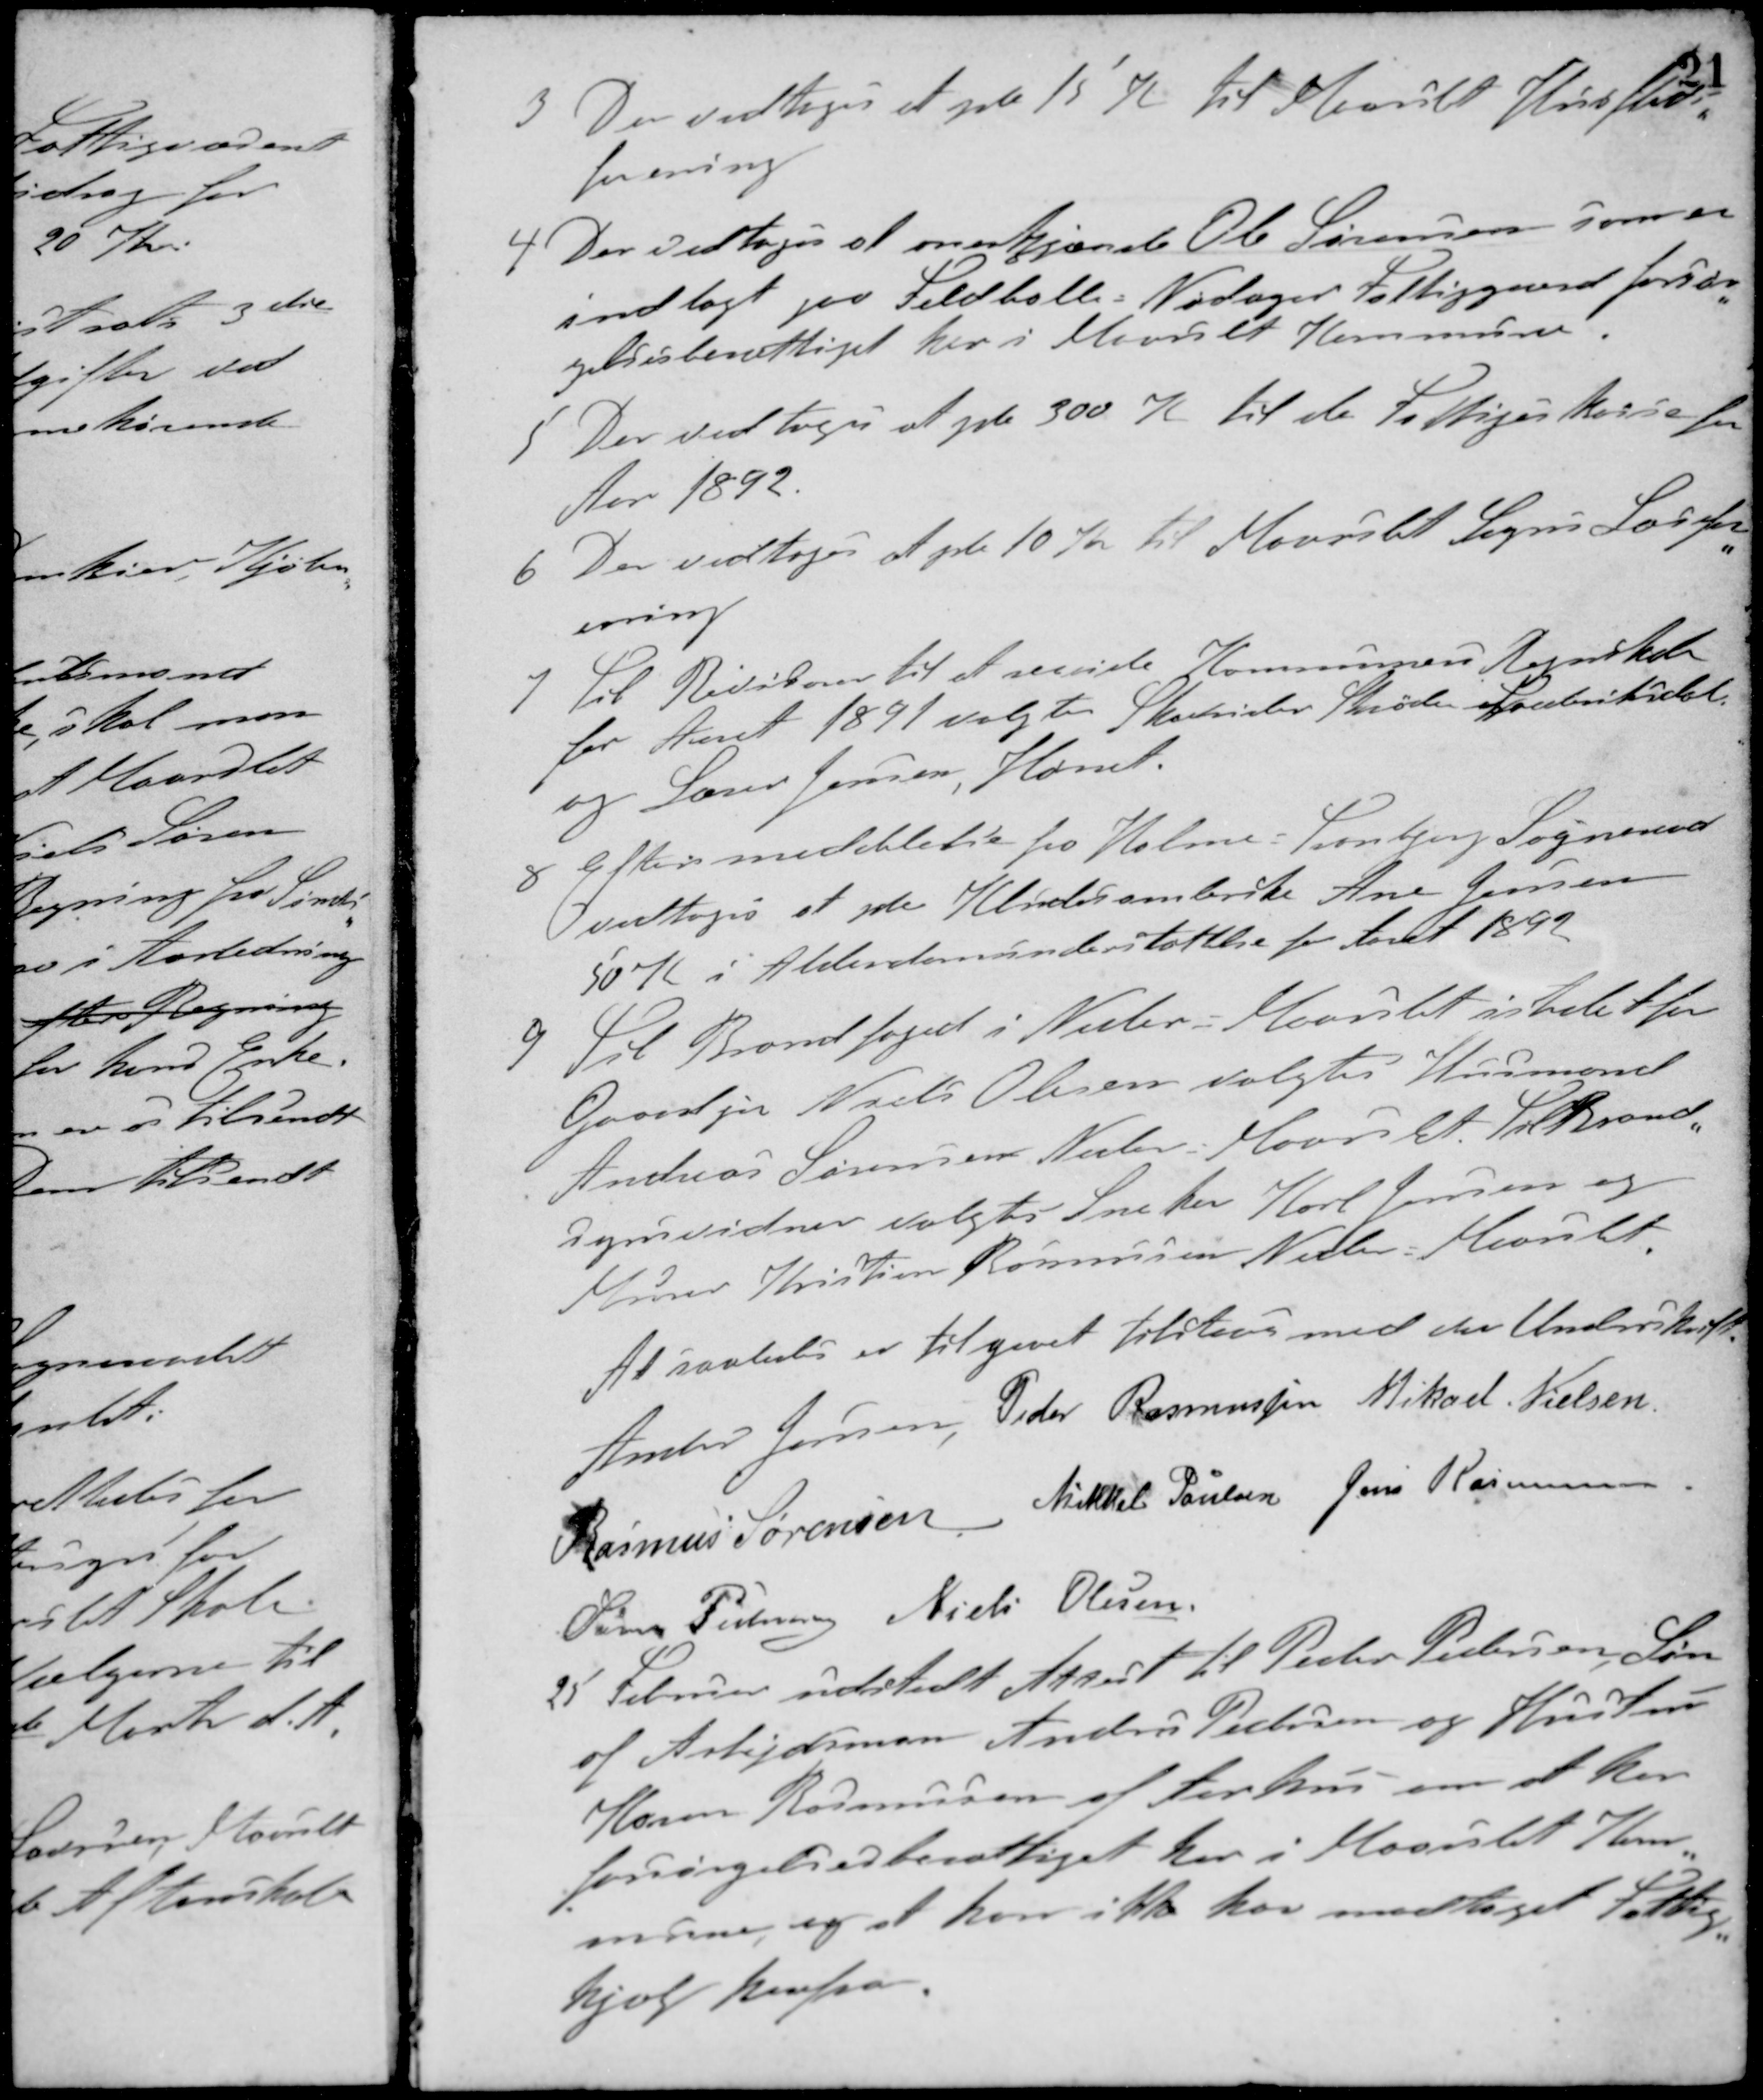
Transskription:
3. Der vedtoges at yde 15 Kr til Maarslet Husflid-
forening
4. Der vedtoges at anerkjænde Ole Sørensen som er
indlagt paa Feldballe-Nødager Fattiggaard forsør-
gelsesberettiget her i Maarslet Kommune.
5. Der vedtoges at yde 300 Kr til de Fattiges kasse for
Aar 1892.
6. Der vedtoges at yde 10 Kr til Maarslet Sogns Læsefor-
ening
7. Til Revisorer til at revidere Kommunens Regnskab
for Aaret 1891 valgtes Skovrider Shröder Frederiksdal
og Lærer Jensen, Hørret.
8 Efter meddelelse fra Holme-Tranbjerg Sogneraad
vedtoges at yde Kludesamlerske Ane Jensen
50 K. i Alderdomsunderstøttelse for Aaret 1892
9. Til Brandfoged i Neder Maarslet istedet for
Gaardejer Niels Olesen valgtes Husmand
Andreas Sørensen, Neder Maarslet. Til Brand-
synsvidner valgtes Snedker Karl Jensen og
Murer Kristian Rasmussen Neder Maarslet.
At saaledes er tilgaaet tilstaaes med vor Underskrift
Anders Jensen, Peder Rasmussen Mikael Nielsen
Rasmus Sørensen Mikkel Poulsen Jens Rasmussen
Søren Pedersen Niels Olesen
25 Februar udstedt Attest til Peder Pedersen, Søn
af Arbejdsmand Anders Pedersen og Hustru
Karen Rasmussen af Aarhus om at han
forsørgelsesberettiget her i Maarslet Kom-
mune, og at han ikke har modtaget Fattig-
hjælp herfra.